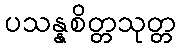
ပသန္နစိတ္တသုတ္တ